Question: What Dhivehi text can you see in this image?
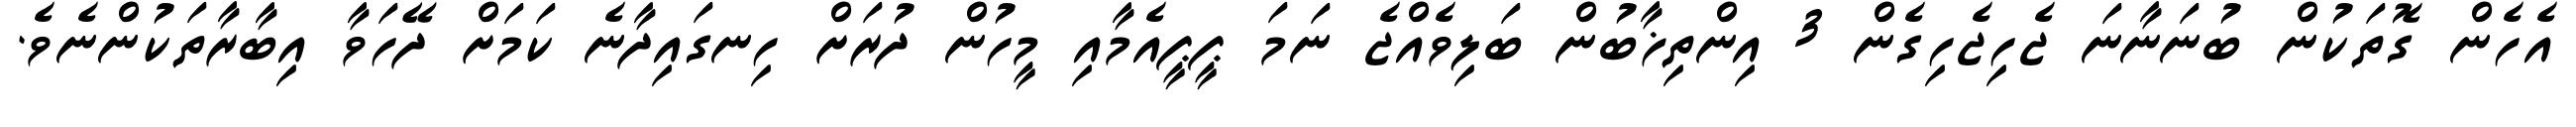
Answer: އެހެން ގޮތަކުން ބުނަނާނަ ޖެހިޖެހިގެން 3 އިންތިޚާބުން ބަލިވެއްޖެ ނަމަ ޕީޕީއެމާއި މީހުން ދުރަށް ހިނގައިދާނެ ކަމަށް ދޭހަވާ އިބާރާތަކުންނެވެ.